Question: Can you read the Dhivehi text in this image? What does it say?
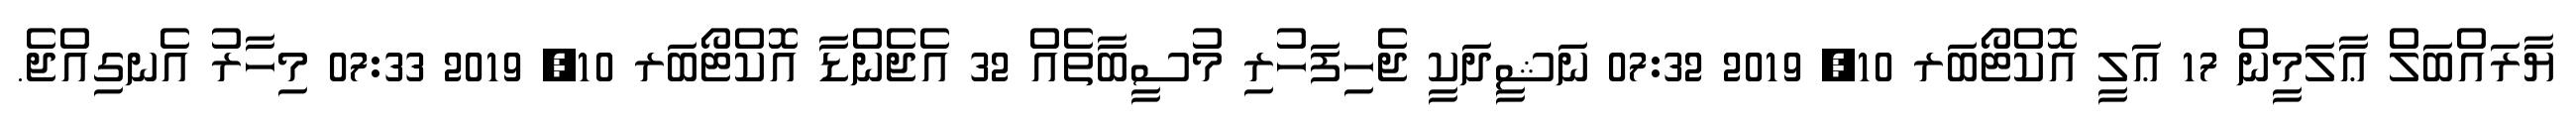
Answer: ޔާރައްބަލް ޢާލަމީން 17 ޢަލީ އޮކްޓޯބަރ 10, 2019 07:32 ނަޝީދަކީ ޖެހިފަހުރި މުސީބާތެއް 32 އެޖެންޑާ އޮކްޓޯބަރ 10, 2019 07:33 މިހާރު އެނގިއްޖެ.